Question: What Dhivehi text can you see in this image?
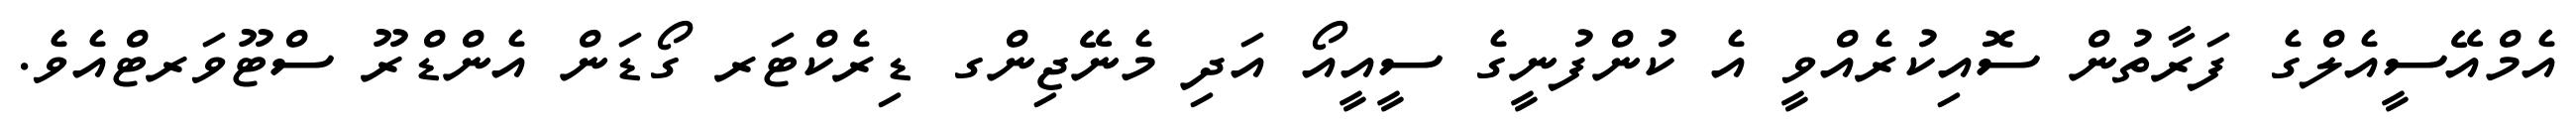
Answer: އެމްއޭސީއެލްގެ ފަރާތުން ސޮއިކުރެއްވީ އެ ކުންފުނީގެ ސީއީއޯ އަދި މެނޭޖިންގ ޑިރެކްޓަރ ގޯޑަން އެންޑްރޫ ސްޓޫވަރޓްއެވެ.